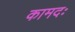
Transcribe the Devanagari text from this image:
कामदः